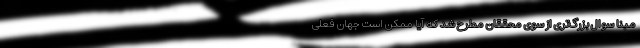
مبنا سوال بزرگ‌تری از سوی محققان مطرح شد که آیا ممکن است جهان فعلی